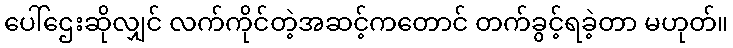
ပေါ်ဌေးဆိုလျှင် လက်ကိုင်တဲ့အဆင့်ကတောင် တက်ခွင့်ရခဲ့တာ မဟုတ်။